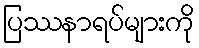
ပြဿနာရပ်များကို